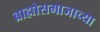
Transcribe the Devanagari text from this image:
ब्राह्मोसमाजाच्या